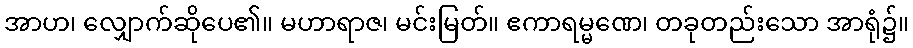
အာဟ၊ လျှောက်ဆိုပေ၏။ မဟာရာဇ၊ မင်းမြတ်။ ဧကာရမ္မဏေ၊ တခုတည်းသော အာရုံ၌။